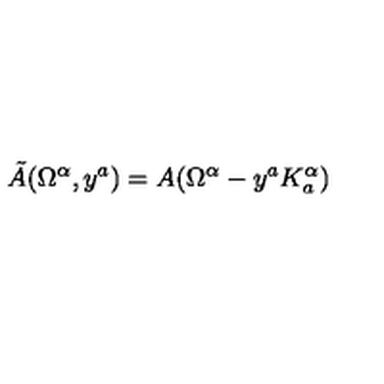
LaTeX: \tilde { A } ( \Omega ^ { \alpha } , y ^ { a } ) = A ( \Omega ^ { \alpha } - y ^ { a } K _ { a } ^ { \alpha } )